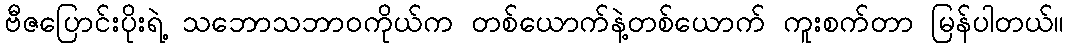
ဗီဇပြောင်းပိုးရဲ့ သဘောသဘာဝကိုယ်က တစ်ယောက်နဲ့တစ်ယောက် ကူးစက်တာ မြန်ပါတယ်။